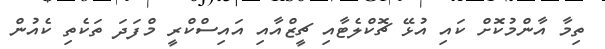
ތިމާ އާންމުކޮށް ކައި އުޅޭ ޗޮކްލެޓާއި ޗީޒްއާއި އައިސްކްރީ މްފަދަ ތަކެތި ކެއުން